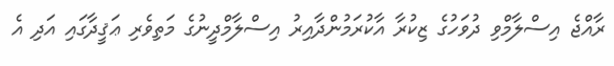
ރާއްޖެ އިސްލާމްވި ދުވަހުގެ ޒިކުރާ އާކުރަމުންދާއިރު އިސްލާމްދީނުގެ މަތިވެރި ޢަޤީދާގައި އަދި އެ